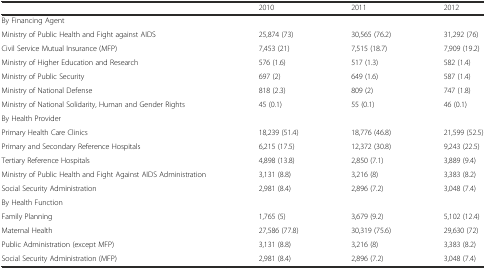
<table><thead><tr><td></td><td><b>2010</b></td><td><b>2011</b></td><td><b>2012</b></td></tr></thead><tbody><tr><td colspan="4">By Financing Agent</td></tr><tr><td>Ministry of Public Health and Fight against AIDS</td><td>25,874 (73)</td><td>30,565 (76.2)</td><td>31,292 (76)</td></tr><tr><td>Civil Service Mutual Insurance (MFP)</td><td>7,453 (21)</td><td>7,515 (18.7)</td><td>7,909 (19.2)</td></tr><tr><td>Ministry of Higher Education and Research</td><td>576 (1.6)</td><td>517 (1.3)</td><td>582 (1.4)</td></tr><tr><td>Ministry of Public Security</td><td>697 (2)</td><td>649 (1.6)</td><td>587 (1.4)</td></tr><tr><td>Ministry of National Defense</td><td>818 (2.3)</td><td>809 (2)</td><td>747 (1.8)</td></tr><tr><td>Ministry of National Solidarity, Human and Gender Rights</td><td>45 (0.1)</td><td>55 (0.1)</td><td>46 (0.1)</td></tr><tr><td colspan="4">By Health Provider</td></tr><tr><td>Primary Health Care Clinics</td><td>18,239 (51.4)</td><td>18,776 (46.8)</td><td>21,599 (52.5)</td></tr><tr><td>Primary and Secondary Reference Hospitals</td><td>6,215 (17.5)</td><td>12,372 (30.8)</td><td>9,243 (22.5)</td></tr><tr><td>Tertiary Reference Hospitals</td><td>4,898 (13.8)</td><td>2,850 (7.1)</td><td>3,889 (9.4)</td></tr><tr><td>Ministry of Public Health and Fight Against AIDS Administration</td><td>3,131 (8.8)</td><td>3,216 (8)</td><td>3,383 (8.2)</td></tr><tr><td>Social Security Administration</td><td>2,981 (8.4)</td><td>2,896 (7.2)</td><td>3,048 (7.4)</td></tr><tr><td colspan="4">By Health Function</td></tr><tr><td>Family Planning</td><td>1,765 (5)</td><td>3,679 (9.2)</td><td>5,102 (12.4)</td></tr><tr><td>Maternal Health</td><td>27,586 (77.8)</td><td>30,319 (75.6)</td><td>29,630 (72)</td></tr><tr><td>Public Administration (except MFP)</td><td>3,131 (8.8)</td><td>3,216 (8)</td><td>3,383 (8.2)</td></tr><tr><td>Social Security Administration (MFP)</td><td>2,981 (8.4)</td><td>2,896 (7.2)</td><td>3,048 (7.4)</td></tr></tbody></table>